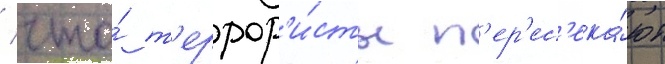
/ что́ т'еррор'и́сты п'ер'ес'ека́ют